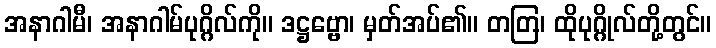
အနာဂါမီ၊ အနာဂါမ်ပုဂ္ဂိလ်ကို။ ဒဋ္ဌဗ္ဗော၊ မှတ်အပ်၏။ တတြ၊ ထိုပုဂ္ဂိုလ်တို့တွင်။